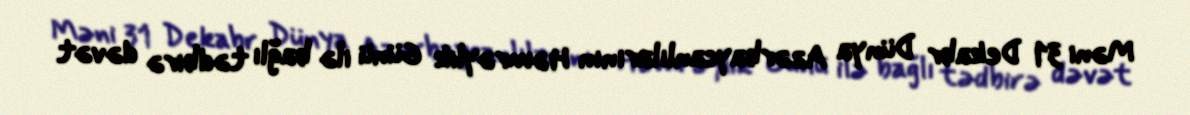
Məni 31 Dekabr Dünya Azərbaycanlılarının Həmrəylik Günü ilə bağlı tədbirə dəvət